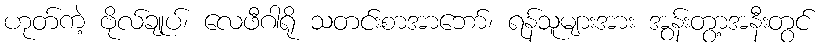
ဟုတ်ကဲ့ ဗိုလ်ချုပ်၊ လေဖီဂါရို သတင်းစာအာဘော်၊ ရန်သူများအား အွန်းတွာ့အနီးတွင်